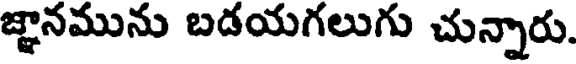
జ్ఞానమును బడయగలుగు చున్నారు.